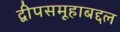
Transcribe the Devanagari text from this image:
द्वीपसमूहाबद्दल